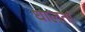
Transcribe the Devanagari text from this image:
घालतां